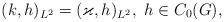
LaTeX: \begin{align*} (k,h)_{L^2}=(\varkappa,h)_{L^2},\,\,h\in C_0(G), \end{align*}